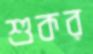
শুকর